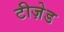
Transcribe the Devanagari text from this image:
टीज़ेड